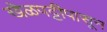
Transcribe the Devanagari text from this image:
खेळपट्टीपासून